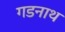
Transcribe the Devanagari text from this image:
गडनाथ